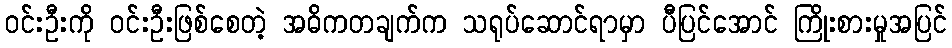
ဝင်းဦးကို ဝင်းဦးဖြစ်စေတဲ့ အဓိကတချက်က သရုပ်ဆောင်ရာမှာ ပီပြင်အောင် ကြိုးစားမှုအပြင်